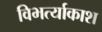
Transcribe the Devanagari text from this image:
विभर्त्याकाश